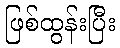
ဖြစ်ထွန်းပြီး